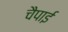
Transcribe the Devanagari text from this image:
चैपाई